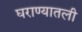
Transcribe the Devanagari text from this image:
घराण्यातली